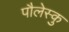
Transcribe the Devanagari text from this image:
पौलेस्कु